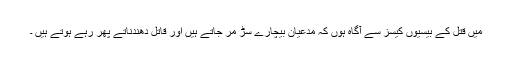
میں قتل کے بیسیوں کیسز سے آگاہ ہوں کہ مدعیان بیچارے سڑ مر جاتے ہیں اور قاتل دھندناتے پھر رہے ہوتے ہیں ۔